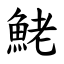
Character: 鮱